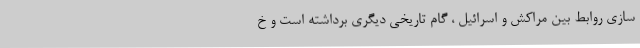
سازی روابط بین مراکش و اسرائیل ، گام تاریخی دیگری برداشته است و خ